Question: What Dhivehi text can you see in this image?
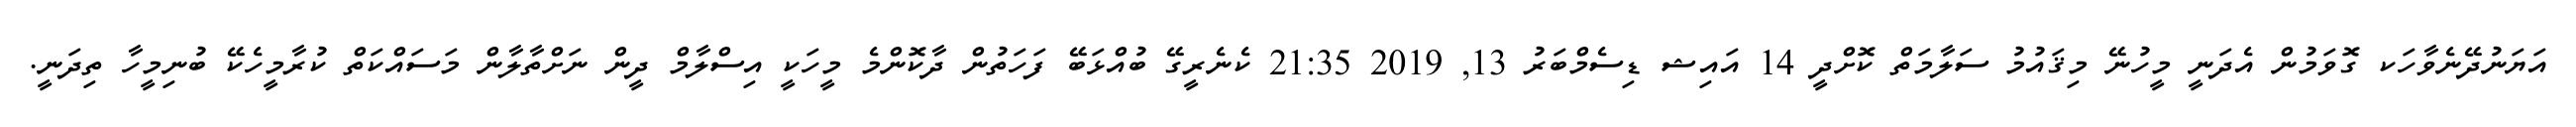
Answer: އަޔަނުދޭނެވާހަކ ގޮވަމުން އެދަނީ މީހުނޭ މިޤައުމު ސަލާމަތް ކޮށްދީ 14 އައިޝ ޑިސެމްބަރު 13, 2019 21:35 ކެނެރީގޭ ބުއްޅަބޭ ފަހަތުން ދާކޮންމެ މީހަކީ އިސްލާމް ދީން ނަށްތާލާން މަސައްކަތް ކުރާމީހެކޭ ބުނިމީހާ ތިދަނީ.